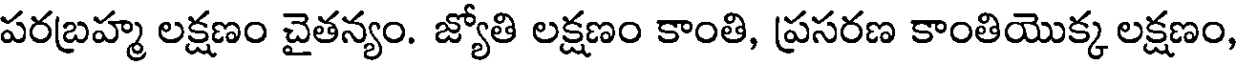
పరబ్రహ్మ లక్షణం చైతన్యం. జ్యోతి లక్షణం కాంతి, ప్రసరణ కాంతియొక్క లక్షణం,